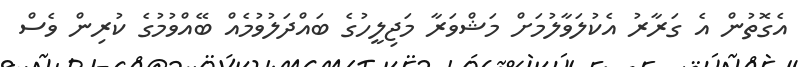
އެގޮތުން އެ ގަރާރު އެކުލަވާލުމަށް މަޝްވަރާ މަޖިލީހުގެ ބައްދަލުވުމެއް ބޭއްވުމުގެ ކުރިން ވެސް